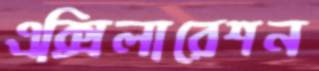
এক্সিলারেশন